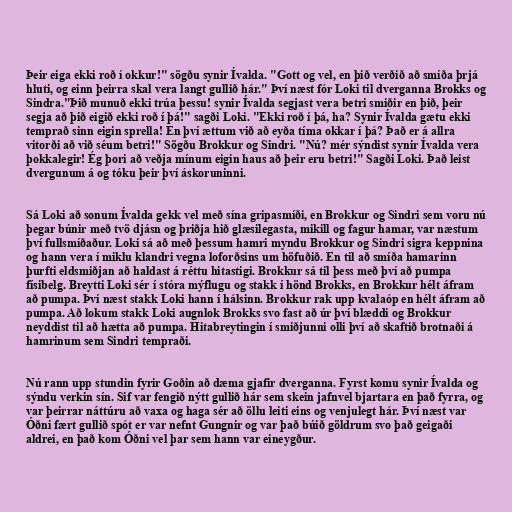
Þeir eiga ekki roð í okkur!" sögðu synir Ívalda. "Gott og vel, en þið verðið að smíða þrjá
hluti, og einn þeirra skal vera langt gullið hár." Því næst fór Loki til dverganna Brokks og
Sindra."Þið munuð ekki trúa þessu! synir Ívalda segjast vera betri smiðir en þið, þeir
segja að þið eigið ekki roð í þá!" sagði Loki. "Ekki roð í þá, ha? Synir Ívalda gætu ekki
temprað sinn eigin sprella! En því ættum við að eyða tíma okkar í þá? Það er á allra
vitorði að við séum betri!" Sögðu Brokkur og Sindri. "Nú? mér sýndist synir Ívalda vera
þokkalegir! Ég þori að veðja mínum eigin haus að þeir eru betri!" Sagði Loki. Það leist
dvergunum á og tóku þeir því áskoruninni.

Sá Loki að sonum Ívalda gekk vel með sína gripasmíði, en Brokkur og Sindri sem voru nú
þegar búnir með tvö djásn og þriðja hið glæsilegasta, mikill og fagur hamar, var næstum
því fullsmíðaður. Loki sá að með þessum hamri myndu Brokkur og Sindri sigra keppnina
og hann vera í miklu klandri vegna loforðsins um höfuðið. En til að smíða hamarinn
þurfti eldsmiðjan að haldast á réttu hitastigi. Brokkur sá til þess með því að pumpa
físibelg. Breytti Loki sér í stóra mýflugu og stakk í hönd Brokks, en Brokkur hélt áfram
að pumpa. Því næst stakk Loki hann í hálsinn. Brokkur rak upp kvalaóp en hélt áfram að
pumpa. Að lokum stakk Loki augnlok Brokks svo fast að úr því blæddi og Brokkur
neyddist til að hætta að pumpa. Hitabreytingin í smiðjunni olli því að skaftið brotnaði á
hamrinum sem Sindri tempraði.

Nú rann upp stundin fyrir Goðin að dæma gjafir dverganna. Fyrst komu synir Ívalda og
sýndu verkin sín. Sif var fengið nýtt gullið hár sem skein jafnvel bjartara en það fyrra, og
var þeirrar náttúru að vaxa og haga sér að öllu leiti eins og venjulegt hár. Því næst var
Óðni fært gullið spót er var nefnt Gungnir og var það búið göldrum svo það geigaði
aldrei, en það kom Óðni vel þar sem hann var eineygður.